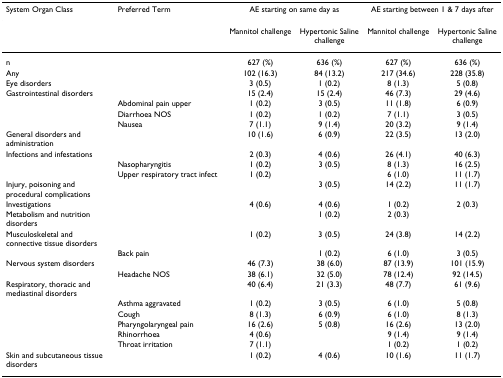
<table><thead><tr><td><b>System Organ Class</b></td><td><b>Preferred Term</b></td><td colspan="2"><b>AE starting on same day as</b></td><td colspan="2"><b>AE starting between 1 &amp; 7 days after</b></td></tr></thead><tbody><tr><td></td><td></td><td>Mannitol challenge</td><td>Hypertonic Saline challenge</td><td>Mannitol challenge</td><td>Hypertonic Saline challenge</td></tr><tr><td>n</td><td></td><td>627 (%)</td><td>636 (%)</td><td>627 (%)</td><td>636 (%)</td></tr><tr><td>Any</td><td></td><td>102 (16.3)</td><td>84 (13.2)</td><td>217 (34.6)</td><td>228 (35.8)</td></tr><tr><td>Eye disorders</td><td></td><td>3 (0.5)</td><td>1 (0.2)</td><td>8 (1.3)</td><td>5 (0.8)</td></tr><tr><td>Gastrointestinal disorders</td><td></td><td>15 (2.4)</td><td>15 (2.4)</td><td>46 (7.3)</td><td>29 (4.6)</td></tr><tr><td></td><td>Abdominal pain upper</td><td>1 (0.2)</td><td>3 (0.5)</td><td>11 (1.8)</td><td>6 (0.9)</td></tr><tr><td></td><td>Diarrhoea NOS</td><td>1 (0.2)</td><td>1 (0.2)</td><td>7 (1.1)</td><td>3 (0.5)</td></tr><tr><td></td><td>Nausea</td><td>7 (1.1)</td><td>9 (1.4)</td><td>20 (3.2)</td><td>9 (1.4)</td></tr><tr><td>General disorders and administration</td><td></td><td>10 (1.6)</td><td>6 (0.9)</td><td>22 (3.5)</td><td>13 (2.0)</td></tr><tr><td>Infections and infestations</td><td></td><td>2 (0.3)</td><td>4 (0.6)</td><td>26 (4.1)</td><td>40 (6.3)</td></tr><tr><td></td><td>Nasopharyngitis</td><td>1 (0.2)</td><td>3 (0.5)</td><td>8 (1.3)</td><td>16 (2.5)</td></tr><tr><td></td><td>Upper respiratory tract infect</td><td>1 (0.2)</td><td></td><td>6 (1.0)</td><td>11 (1.7)</td></tr><tr><td>Injury, poisoning and procedural complications</td><td></td><td></td><td>3 (0.5)</td><td>14 (2.2)</td><td>11 (1.7)</td></tr><tr><td>Investigations</td><td></td><td>4 (0.6)</td><td>4 (0.6)</td><td>1 (0.2)</td><td>2 (0.3)</td></tr><tr><td>Metabolism and nutrition disorders</td><td></td><td></td><td>1 (0.2)</td><td>2 (0.3)</td><td></td></tr><tr><td>Musculoskeletal and connective tissue disorders</td><td></td><td>1 (0.2)</td><td>3 (0.5)</td><td>24 (3.8)</td><td>14 (2.2)</td></tr><tr><td></td><td>Back pain</td><td></td><td>1 (0.2)</td><td>6 (1.0)</td><td>3 (0.5)</td></tr><tr><td>Nervous system disorders</td><td></td><td>46 (7.3)</td><td>38 (6.0)</td><td>87 (13.9)</td><td>101 (15.9)</td></tr><tr><td></td><td>Headache NOS</td><td>38 (6.1)</td><td>32 (5.0)</td><td>78 (12.4)</td><td>92 (14.5)</td></tr><tr><td>Respiratory, thoracic and mediastinal disorders</td><td></td><td>40 (6.4)</td><td>21 (3.3)</td><td>48 (7.7)</td><td>61 (9.6)</td></tr><tr><td></td><td>Asthma aggravated</td><td>1 (0.2)</td><td>3 (0.5)</td><td>6 (1.0)</td><td>5 (0.8)</td></tr><tr><td></td><td>Cough</td><td>8 (1.3)</td><td>6 (0.9)</td><td>6 (1.0)</td><td>8 (1.3)</td></tr><tr><td></td><td>Pharyngolaryngeal pain</td><td>16 (2.6)</td><td>5 (0.8)</td><td>16 (2.6)</td><td>13 (2.0)</td></tr><tr><td></td><td>Rhinorrhoea</td><td>4 (0.6)</td><td></td><td>9 (1.4)</td><td>9 (1.4)</td></tr><tr><td></td><td>Throat irritation</td><td>7 (1.1)</td><td></td><td>1 (0.2)</td><td>1 (0.2)</td></tr><tr><td>Skin and subcutaneous tissue disorders</td><td></td><td>1 (0.2)</td><td>4 (0.6)</td><td>10 (1.6)</td><td>11 (1.7)</td></tr></tbody></table>